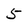
Character: 5